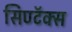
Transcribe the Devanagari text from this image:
सिण्टॅक्स